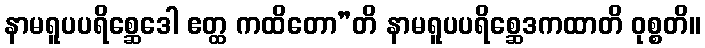
နာမရူပပရိစ္ဆေဒေါ ဧတ္ထ ကထိတော”တိ နာမရူပပရိစ္ဆေဒကထာတိ ဝုစ္စတိ။